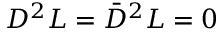
D ^ { 2 } L = \bar { D } ^ { 2 } L = 0